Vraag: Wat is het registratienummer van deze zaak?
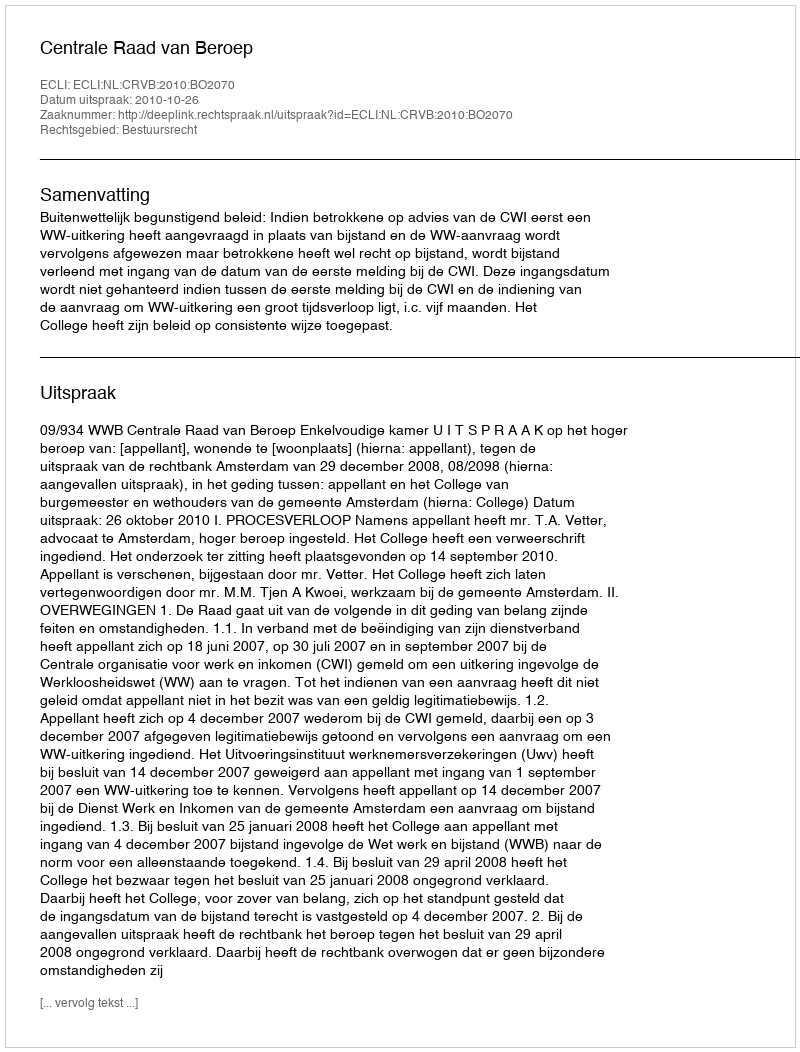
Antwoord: http://deeplink.rechtspraak.nl/uitspraak?id=ECLI:NL:CRVB:2010:BO2070